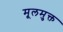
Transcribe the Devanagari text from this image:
मूलमुक्त